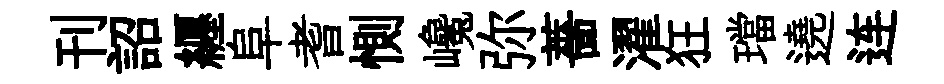
刊詔纒阜耆惻巉弥薔濯狂璫遶连